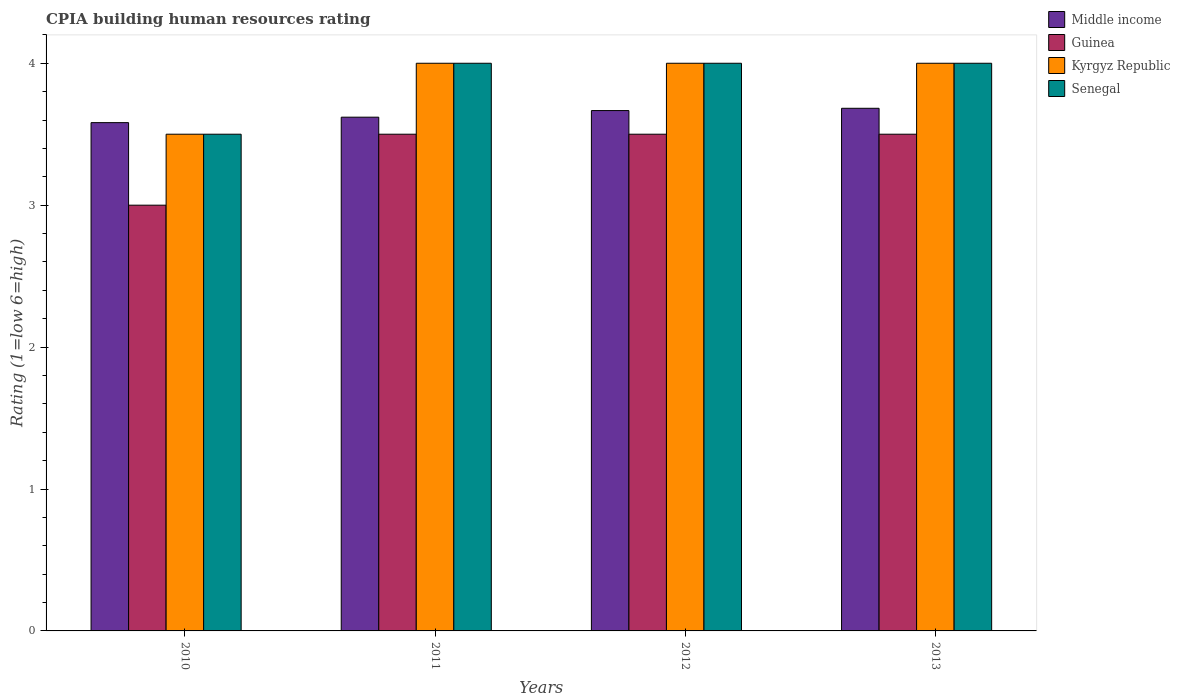
| Years | Middle income | Guinea | Kyrgyz Republic | Senegal |
 | --- | --- | --- | --- | --- |
 | 2010 | 3.58 | 3 | 3.5 | 3.5 |
 | 2011 | 3.62 | 3.5 | 4 | 4 |
 | 2012 | 3.67 | 3.5 | 4 | 4 |
 | 2013 | 3.68 | 3.5 | 4 | 4 |